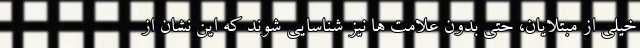
خیلی از مبتلایان، حتی بدون علامت ها نیز شناسایی شوند که این نشان از